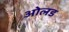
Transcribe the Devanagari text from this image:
ओलड